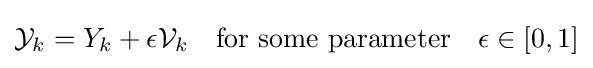
{\mathcal {Y}}_{k}=Y_{k}+\epsilon {\mathcal {V}}_{k}\quad {\mbox{for some parameter}}\quad \epsilon \in [0,1]